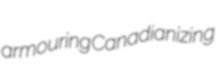
armouring Canadianizing